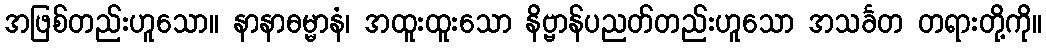
အဖြစ်တည်းဟူသော။ နာနာဓမ္မာနံ၊ အထူးထူးသော နိဗ္ဗာန်ပညတ်တည်းဟူသော အသင်္ခတ တရားတို့ကို။